Lunatic asylums Central Provinces reports 1895-1909 - 1895-1909
Year: 1895
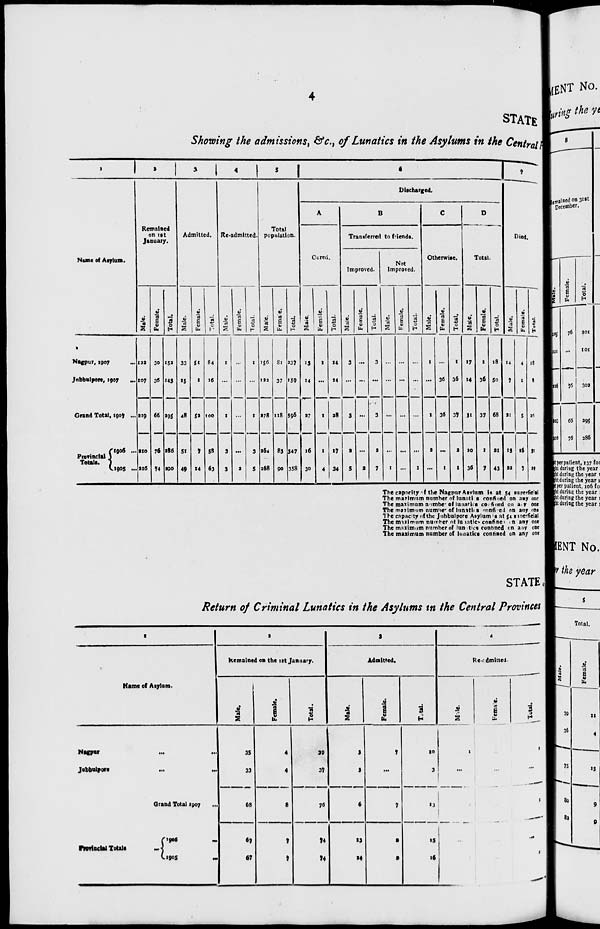
4
STATE
Showing the admissions, &c., of Lunatics in the Asylums in the Central
1
Name of Asylum.
Nagpur, 1907 ...
Jnbbulpore, 1907
...
Grand Total, 1907 ...
Provincial
Totals.
1906 ...
1905 ...
2
Remained
on 1st
January.
Male.
122
107
229
210
216
Female.
30
36
66
76
74
Total.
152
143
295
286
290
3
Admitted.
Male.
33
15
48
51
49
Female.
51
1
52
7
14
Total.
84
16
100
58
63
4
Re-admitted.
Male.
1
...
1
3
3
Female.
...
...
...
...
2
Total.
1
...
1
3
5
5
Total
population.
Male.
156
122
278
264
268
Female.
81
37
118
83
90
Total.
237
159
396
347
358
6
Discharged.
A
Cured.
Male.
13
14
27
16
30
Female.
1
...
1
1
4
Total.
14
14
28
17
34
B
Transferred to friends.
Improved.
Male.
3
...
3
2
5
Female.
...
...
...
...
2
Total.
3
...
3
2
7
Not
Improved.
Male.
...
...
...
...
1
Female.
...
...
...
...
...
Total.
...
...
...
...
1
C
Otherwise.
Male.
1
...
1
2
...
Female.
...
36
36
...
1
Total.
1
36
37
2
1
D
Total.
Male.
17
14
31
20
36
Female.
1
36
37
1
7
Total.
18
50
68
21
43
7
Died.
Male.
14
7
21
15
22
Female.
4
1
5
16
7
Total.
18
8
26
31
29
The capacity of the Nagpur Asylum in at 54 superficial
The maximum number of lunatics confined on any one
The maximum number of lunatitcs confined on any one
The maximum number of lunatics confined on any one
The capacity of the Jubbulpore Asylum is at 54 superficial
The maximum number ot lunatics confined on any one
The maximum number of lunatics confined on any one
The maximum number of lunatics confined on any one
STATE.
Return of Criminal Lunatics in the Asylums in the Central Provinces
1
Name of Asylum.
Nagpur
...
...
...
Jubbulpore
...
...
...
Grand Total 1907 ...
Provincial Totals ...
1906 ...
1905 ...
2
Remained on the 1st January.
Male.
35
33
68
67
67
Female.
4
4
8
7
7
Total.
39
37
76
74
74
3
Admitted.
Male.
3
3
6
13
14
Female.
7
...
7
2
2
Total.
10
3
13
15
16
4
Re-admitted.
Male.
1
...
...
...
Female.
...
...
...
...
Total.
1
...
1
...
1